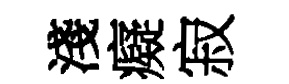
淺癡寂